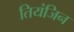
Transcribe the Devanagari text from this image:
तियंजिन